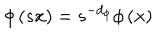
\phi \left( s { \bf x } \right) = s ^ { - d _ { \phi } } \phi \left( { \bf x } \right)